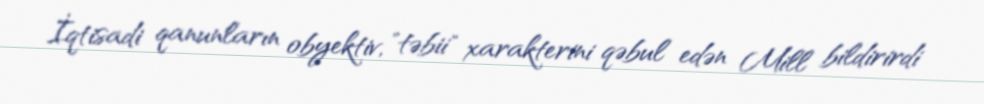
İqtisadi qanunların obyektiv, "təbii" xarakterini qəbul edən Mill bildirirdi